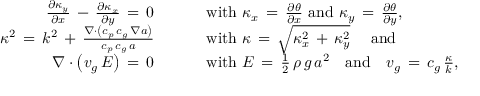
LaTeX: \begin{array} { r l } { { \frac { \partial \kappa _ { y } } { \partial { x } } } \, - \, { \frac { \partial \kappa _ { x } } { \partial { y } } } \, = \, 0 \qquad } & { { } { \mathrm { ~ w i t h ~ } } \kappa _ { x } \, = \, { \frac { \partial \theta } { \partial { x } } } { \mathrm { ~ a n d ~ } } \kappa _ { y } \, = \, { \frac { \partial \theta } { \partial { y } } } , } \\ { \kappa ^ { 2 } \, = \, k ^ { 2 } \, + \, { \frac { \nabla \cdot \left( c _ { p } \, c _ { g } \, \nabla a \right) } { c _ { p } \, c _ { g } \, a } } \qquad } & { { } { \mathrm { ~ w i t h ~ } } \kappa \, = \, { \sqrt { \kappa _ { x } ^ { 2 } \, + \, \kappa _ { y } ^ { 2 } } } \quad { \mathrm { ~ a n d } } } \\ { \nabla \cdot \left( { \boldsymbol { v } } _ { g } \, E \right) \, = \, 0 \qquad } & { { } { \mathrm { ~ w i t h ~ } } E \, = \, { \frac { 1 } { 2 } } \, \rho \, g \, a ^ { 2 } \quad { \mathrm { a n d } } \quad { \boldsymbol { v } } _ { g } \, = \, c _ { g } \, { \frac { \boldsymbol { \kappa } } { k } } , } \end{array}